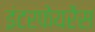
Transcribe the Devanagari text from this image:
इंटरफेयरेंस